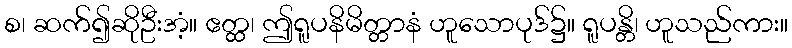
စ၊ ဆက်၍ဆိုဦးအံ့။ ဧတ္ထ၊ ဤရူပနိမိတ္တာနံ ဟူသောပုဒ်၌။ ရူပန္တိ၊ ဟူသည်ကား။